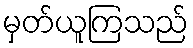
မှတ်ယူကြသည်